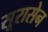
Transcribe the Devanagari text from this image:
सूरासेन